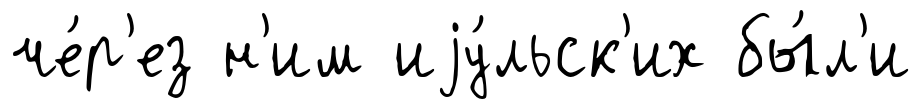
че́р'ез н'им иjу́льск'их бы́л'и